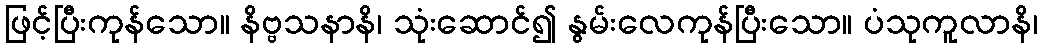
ဖြင့်ပြီးကုန်သော။ နိဗ္ဗသနာနိ၊ သုံးဆောင်၍ နွမ်းလေကုန်ပြီးသော။ ပံသုကူလာနိ၊